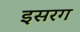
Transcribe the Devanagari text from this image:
इसरग